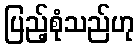
ပြည့်စုံသည်ဟု